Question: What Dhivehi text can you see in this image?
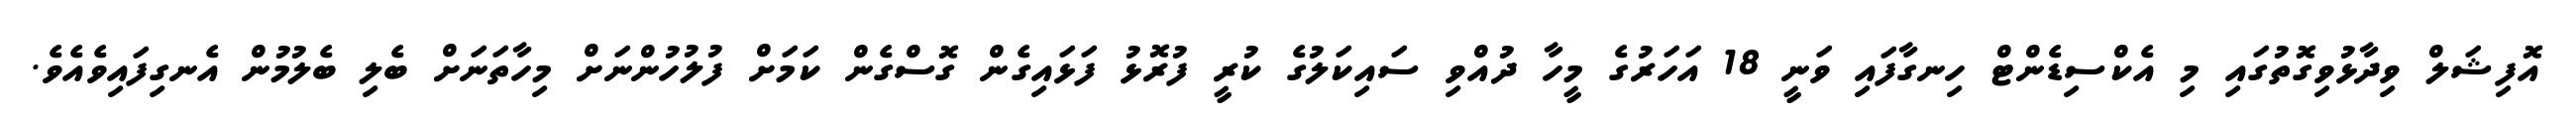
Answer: އޮފިޝަލް ވިދާޅުވިގޮތުގައި މި އެކްސިޑެންޓް ހިނގާފައި ވަނީ 18 އަހަރުގެ މީހާ ދުއްވި ސައިކަލުގެ ކުރީ ފުރޮޅު ފަޅައިގެން ގޮސްގެން ކަމަށް ފުލުހުންނަށް މިހާތަނަށް ބެލި ބެލުމުން އެނގިފައިވެއެވެ.